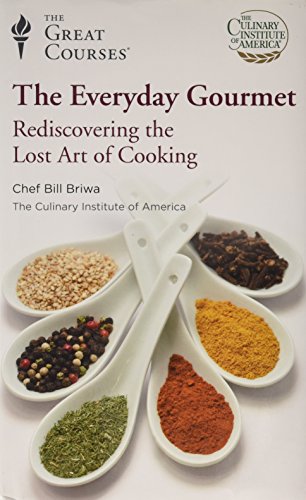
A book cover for The Everyday Gourmet: Rediscovering The Lost Art Of Cooking; Bill Biwa; Cookbooks, Food & Wine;